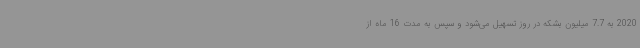
2020 به 7.7 میلیون بشکه در روز تسهیل می‌شود و سپس به مدت 16 ماه از